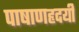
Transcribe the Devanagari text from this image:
पाषाणहृदयी